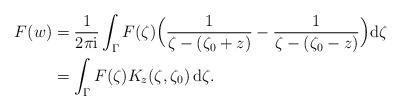
LaTeX: \begin{align*} F(w) &= \frac1{2\pi\mathrm{i}} \int_{\Gamma} F(\zeta) \Big( \frac1{\zeta-(\zeta_0+z)}- \frac1{\zeta-(\zeta_0-z)}\Big) \mathrm{d}\zeta \\ &= \int_\Gamma F(\zeta)K_z(\zeta,\zeta_0) \,\mathrm{d}\zeta. \end{align*}